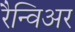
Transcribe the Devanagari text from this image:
रैन्विअर